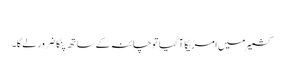
​
کشمیر میں امریکا آ گیا تو چائنہ کے ساتھ پنگا ضرور لے گا۔